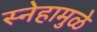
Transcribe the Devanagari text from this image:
स्नेहामुळे